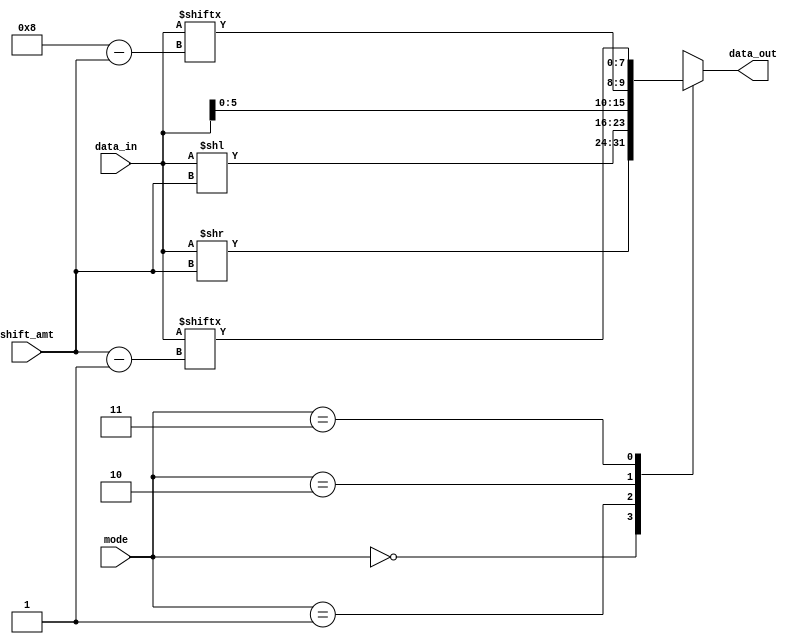
module Barrel_Shifter (
    input [7:0] data_in,
    input [2:0] shift_amt,
    input [1:0] mode, // 00: Arithmetic right shift, 01: Arithmetic left shift, 10: Rotate right, 11: Rotate left
    output reg [7:0] data_out
);

// Arithmetic operations 
always @(*)
begin
    case(mode)
        2'b00: data_out = data_in >> shift_amt; // Arithmetic right shift
        2'b01: data_out = data_in << shift_amt; // Arithmetic left shift
        2'b10: data_out = {data_in[7-shift_amt:0], data_in[7:8-shift_amt]}; // Rotate right
        2'b11: data_out = {data_in[shift_amt:7], data_in[7:shift_amt-1]}; // Rotate left
    endcase
end

endmodule